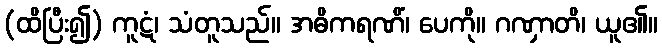
(ထိပြီး၍) ကူဋံ၊ သံတူသည်။ အဓိကရဏိံ၊ ပေကို။ ဂဏှာတိ၊ ယူ၏။